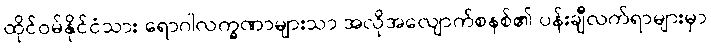
ထိုင်ဝမ်နိုင်ငံသား ရောဂါလက္ခဏာများသာ အလိုအလျောက်စနစ်၏ ပန်းချီလက်ရာများမှာ